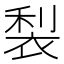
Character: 𮖇